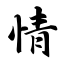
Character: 情